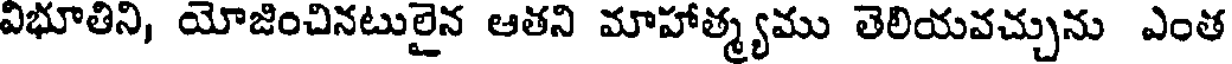
విభూతిని, యోజించినటులైన ఆతని మాహాత్మ్యము తెలియవచ్చును ఎంత